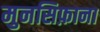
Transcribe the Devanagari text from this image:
मुनसिफ़ाना